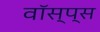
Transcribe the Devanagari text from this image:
वॉस्प्स